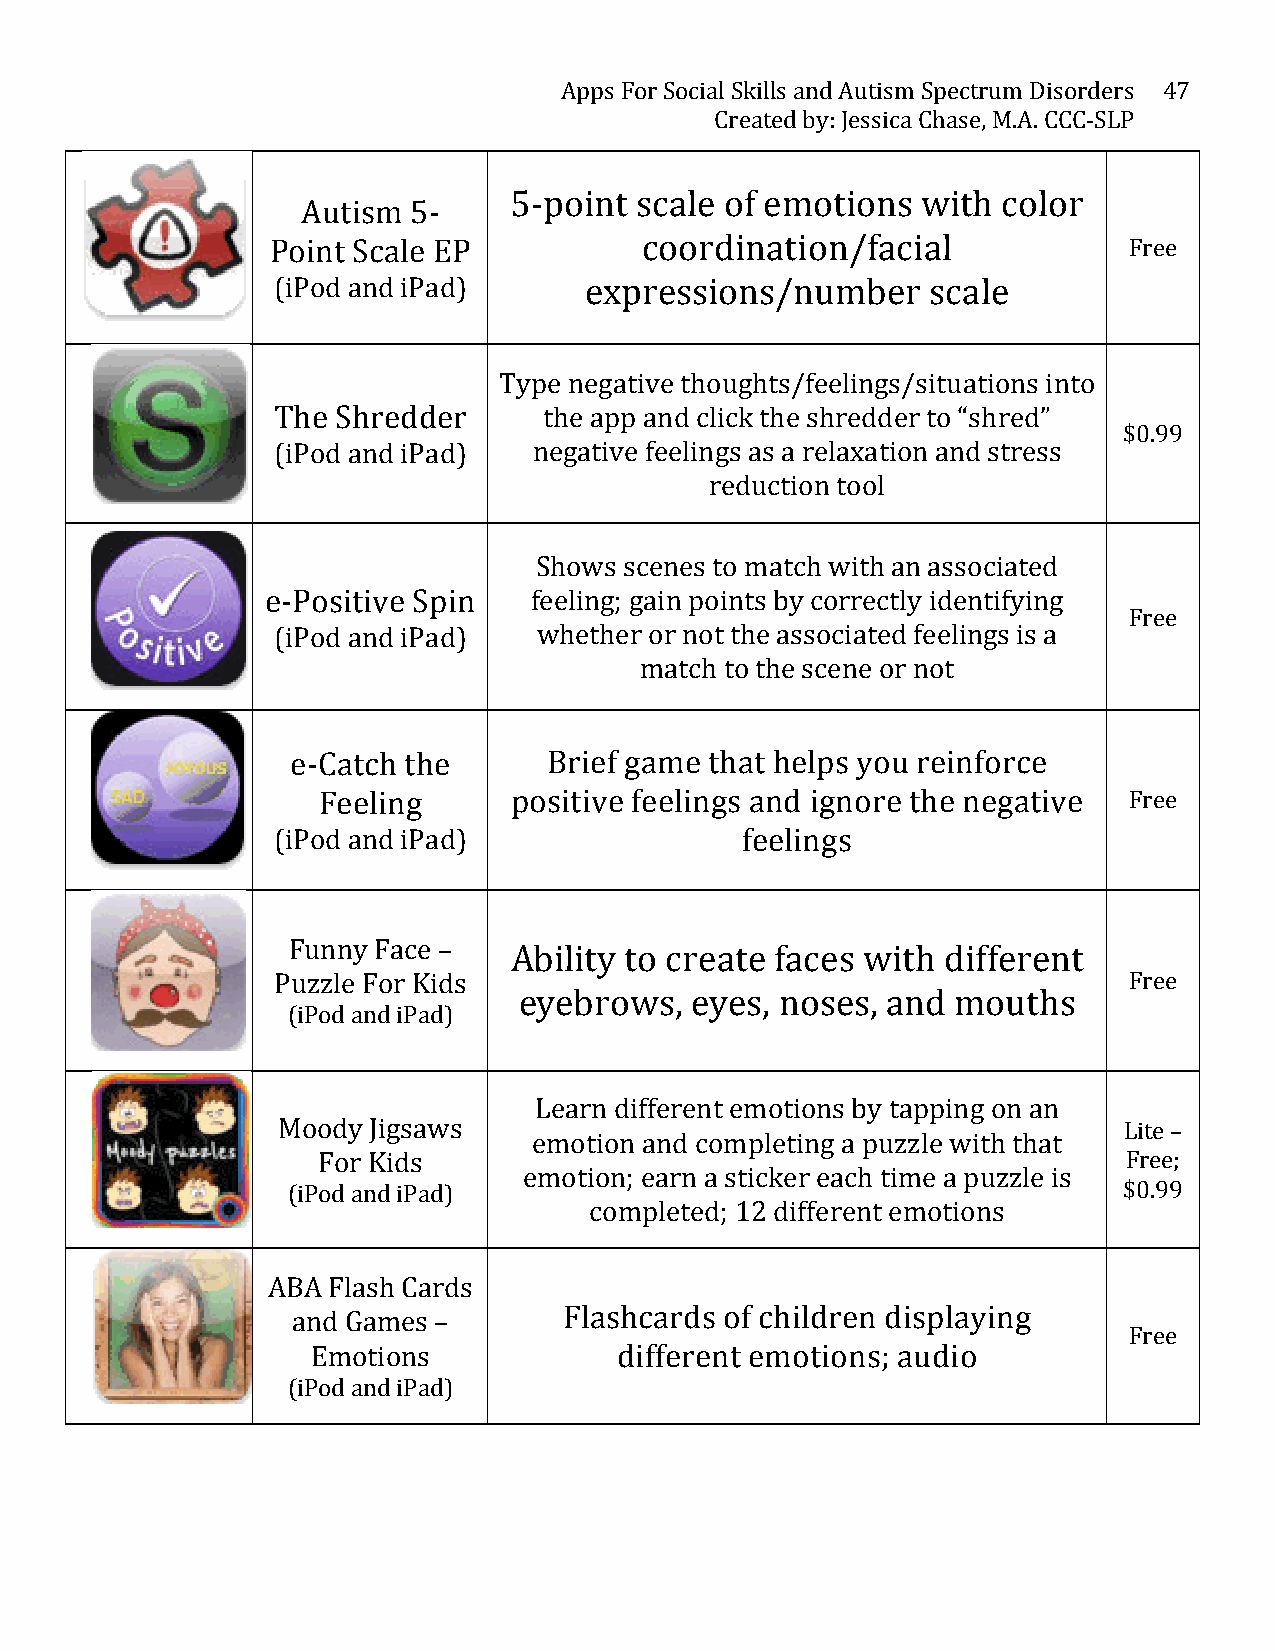
Apps For Social Skills and Autism Spectrum Disorders 47
 Created by: Jessica Chase, M.A. CCC-­‐SLP
 5-­‐point scale of emotions with color
 Autism 5-­‐
 Point Scale EP           coordination/facial             Free
 (iPod and iPad)      expressions/number     scale
 Type negative thoughts/feelings/situations into
 The Shredder      the app and click the shredder to “shred”
 $0.99
 (iPod and iPad)  negative feelings as a relaxation and stress
 reduction tool
 Shows scenes to match with an associated
 e-­‐Positive Spin feeling; gain points by correctly identifying
 Free
 (iPod and iPad)   whether or not the associated feelings is a
 match to the scene or not
 e-­‐Catch the    Brief game that helps you reinforce
 Feeling      positive feelings and ignore the negative Free
 (iPod and iPad)                feelings
 Funny Face –   Ability to create faces with different
 Puzzle For Kids                                          Free
 eyebrows,   eyes, noses, and mouths
 (iPod and iPad)
 Learn different emotions by tapping on an
 Moody Jigsaws                                           Lite –
 emotion and completing a puzzle with that
 For Kids                                              Free;
 emotion; earn a sticker each time a puzzle is
 (iPod and iPad)                                        $0.99
 completed; 12 different emotions
 ABA Flash Cards
 and Games –       Flashcards of children displaying
 Free
 Emotions            different emotions; audio
 (iPod and iPad)